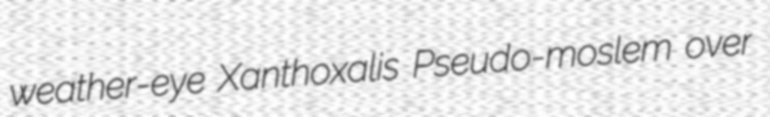
weather-eye Xanthoxalis Pseudo-moslem over